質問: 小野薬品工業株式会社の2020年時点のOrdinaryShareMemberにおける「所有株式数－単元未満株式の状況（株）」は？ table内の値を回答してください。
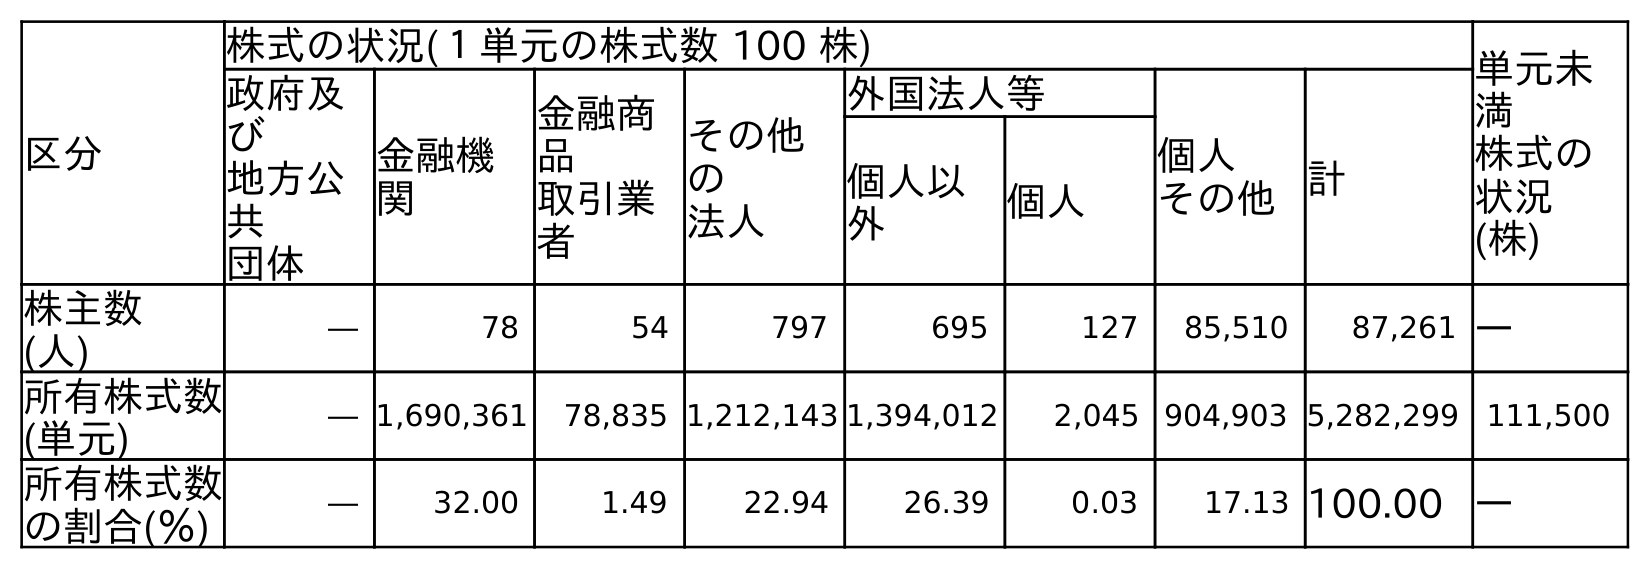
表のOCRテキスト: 区分 株式の状況(１単元の株式数 100 株) 単元未 満 株式の 状況 (株) 政府及 び 地方公 共 団体 金融機 関 金融商 品 取引業 者 その他 の 法人 外国法人等 個人 その他計 個人以 外 個人 株主数 (人) ― 78 54 797 695 127 85,510 87,261 ― 所有株式数 (単元) ― 1,690,361 78,835 1,212,143 1,394,012 2,045 904,903 5,282,299 111,500 所有株式数 の割合(％) ― 32.00 1.49 22.94 26.39 0.03 17.13 100.00 ―
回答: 111,500